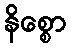
နိစ္စော